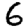
Digit: 6